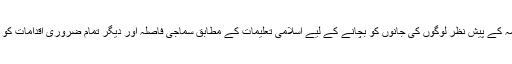
سعودی حکومت نے کہا تھا کہ ’’صحت عامہ کے پیش نظر لوگوں کی جانوں کو بچانے کے لیے اسلامی تعلیمات کے مطابق سماجی فاصلہ اور دیگر تمام ضروری اقدامات کو یقینی بنانے کے لیے یہ فیصلہ کیا گیا ہے‘‘۔